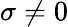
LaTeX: \sigma\ne 0